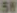
58